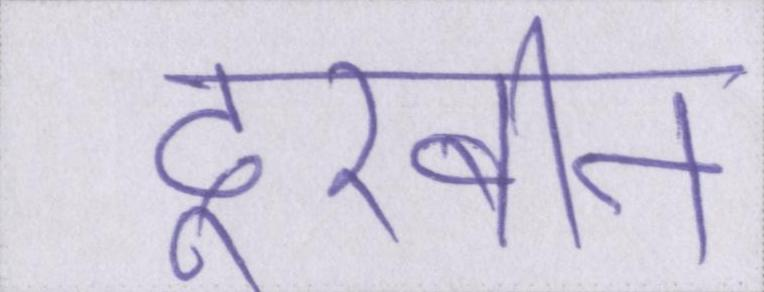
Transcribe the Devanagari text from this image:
दूरबीन